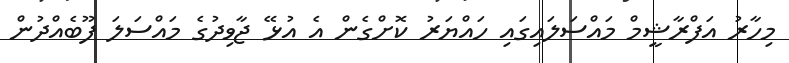
މިހާރު އަފްރާޝީމް މައްސަލައިގައި ހައްޔަރު ކޮށްގެން އެ އުޅޭ ޖާވިދުގެ މައްސަލަ ފޫބެއްދުން